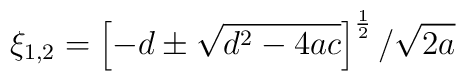
\xi _{1,2}=\left[ -d\pm \sqrt{d^2-4ac}\right] ^{\frac 12}/\sqrt{2a}